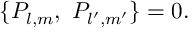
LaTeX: \{ P _ { l , m } , \ P _ { l ^ { \prime } , m ^ { \prime } } \} = 0 .